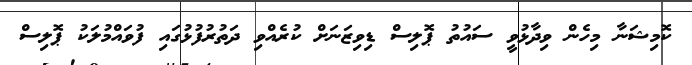
ކޮމިޝަނާ މިހެން ވިދާޅުވީ ސައުތު ޕޮލިސް ޑިވިޒަނަށް ކުރެއްވި ދަތުރުފުޅުގައި ފުވައްމުލަކު ޕޮލިސް